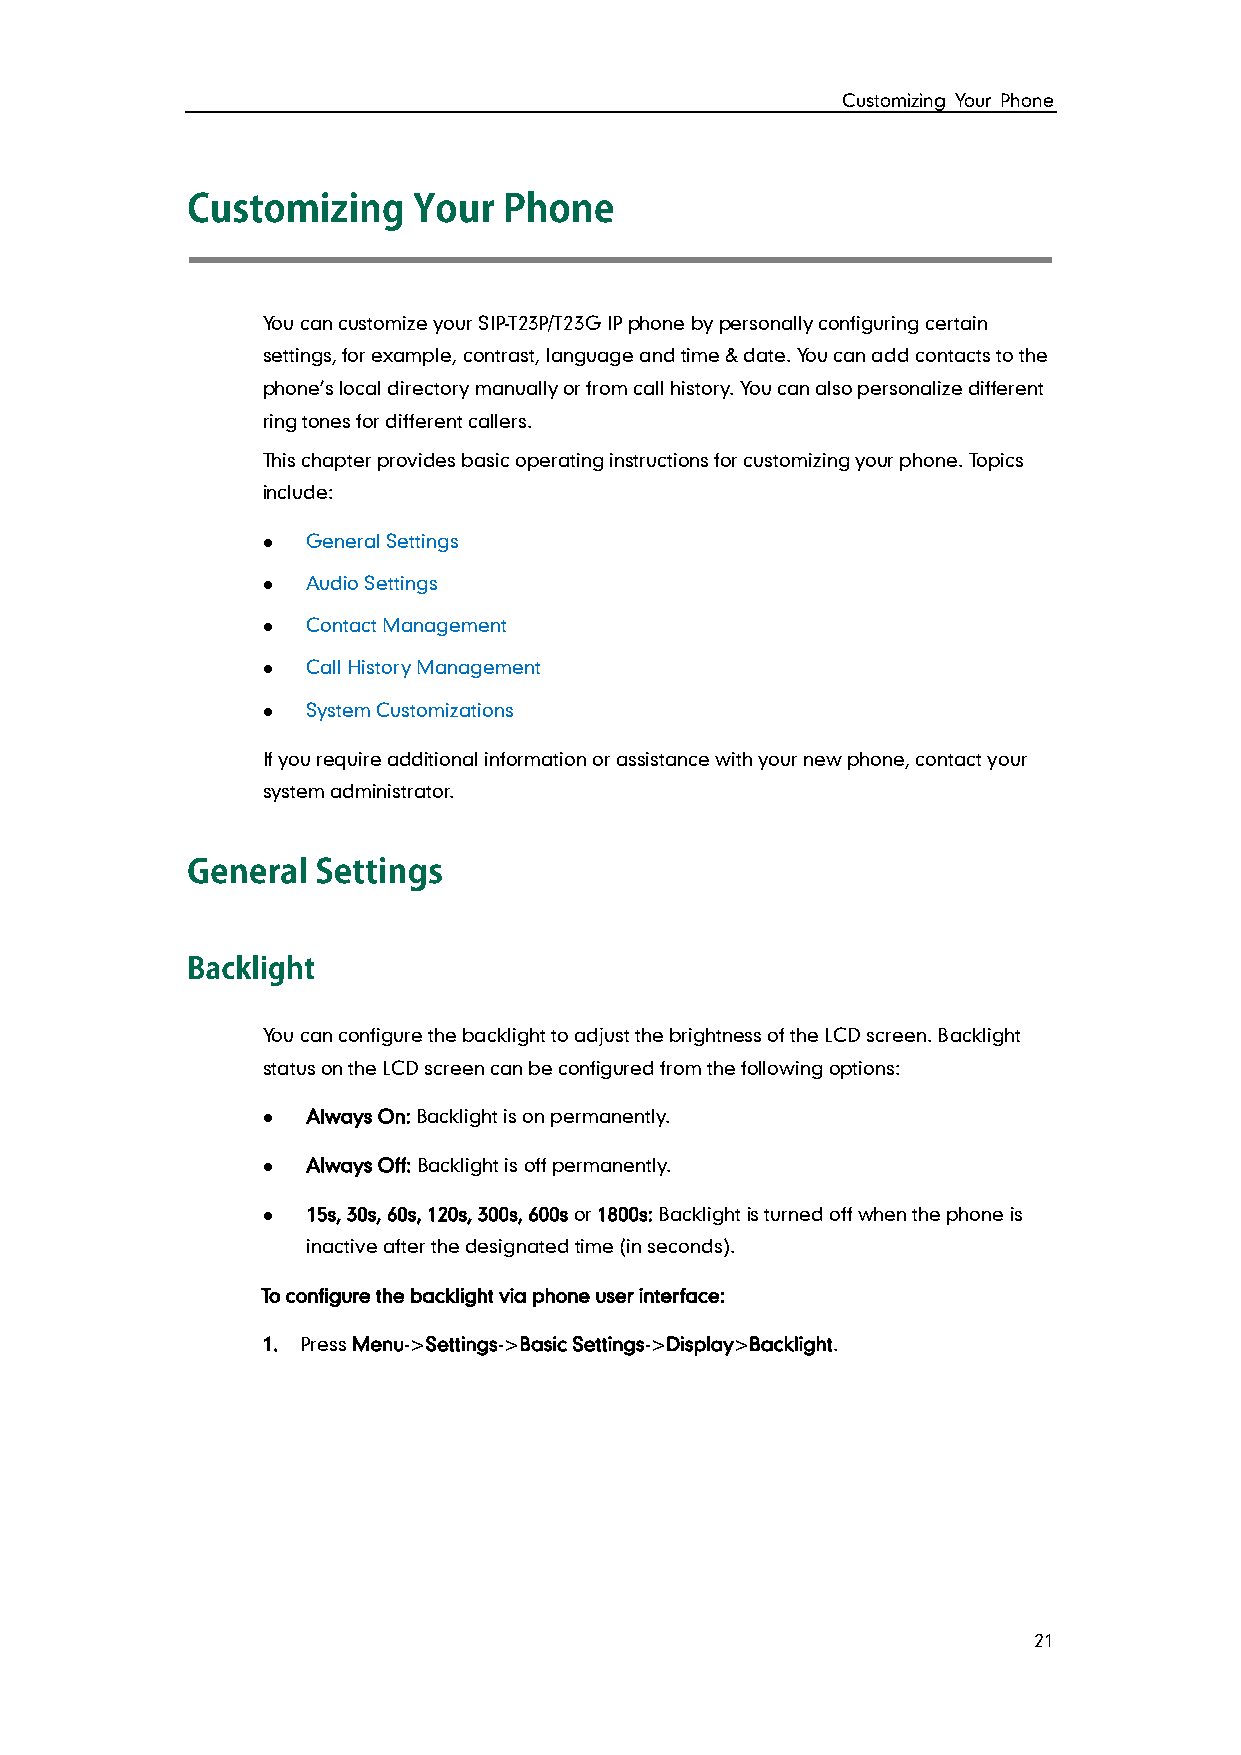
Customizing Your Phone
 You can customize your SIP-T23P/T23G IP phone by personally configuring certain
 settings, for example, contrast, language and time & date. You can add contacts to the
 phone’s local directory manually or from call history. You can also personalize different
 ring tones for different callers.
 This chapter provides basic operating instructions for customizing your phone. Topics
 include:
   General Settings
   Audio Settings
   Contact Management
   Call History Management
   System Customizations
 If you require additional information or assistance with your new phone, contact your
 system administrator.
 You can configure the backlight to adjust the brightness of the LCD screen. Backlight
 status on the LCD screen can be configured from the following options:
   Always On: Backlight is on permanently.
   Always Off: Backlight is off permanently.
   15s, 30s, 60s, 120s, 300s, 600s or 1800s: Backlight is turned off when the phone is
 inactive after the designated time (in seconds).
 To configure the backlight via phone user interface:
 1. Press Menu->Settings->Basic Settings->Display>Backlight.
 21